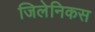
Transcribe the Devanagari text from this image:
जिलेनिकस